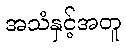
အသံနှင့်အတူ